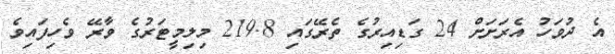
އެ ދުވަހު އެރަށަށް 24 ގަޑިއިރުގެ ތެރޭގައި 219.8 މިލިމީޓަރުގެ ވާރޭ ވެހިފައިވެ